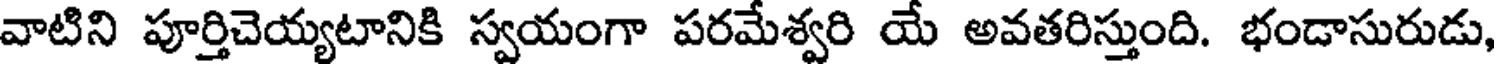
వాటిని పూర్తిచెయ్యటానికి స్వయంగా పరమేశ్వరి యే అవతరిస్తుంది. భండాసురుడు,